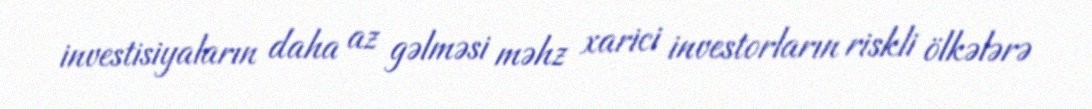
investisiyaların daha az gəlməsi məhz xarici investorların riskli ölkələrə